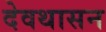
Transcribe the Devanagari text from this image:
देवथासन